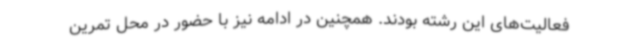
فعالیت‌های این رشته بودند. همچنین در ادامه نیز با حضور در محل تمرین